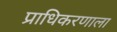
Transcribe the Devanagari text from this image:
प्राधिकरणाला